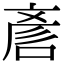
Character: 𠷗